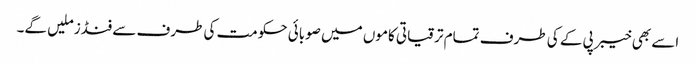
اسے بھی خیبر پی کے کی طرف تمام ترقیاتی کاموں میں صوبائی حکومت کی طرف سے فنڈز ملیں گے۔